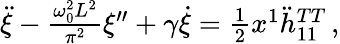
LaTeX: \begin{array}{r}{\ddot{\xi}-\frac{\omega_{0}^{2}L^{2}}{\pi^{2}}\xi^{\prime\prime}+\gamma\dot{\xi}=\frac{1}{2}x^{1}\ddot{h}_{11}^{TT}\, ,}\end{array}